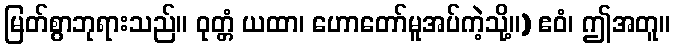
မြတ်စွာဘုရားသည်။ ဝုတ္တံ ယထာ၊ ဟောတော်မူအပ်ကဲ့သို့။) ဧဝံ၊ ဤအတူ။